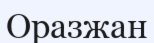
Оразжан